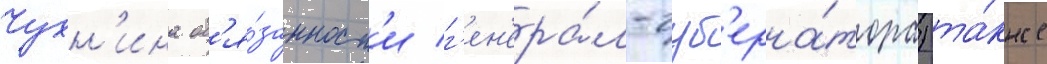
Чухн'ина об'я́занност'и г'ен'ера́л-губ'ерна́тора) та́кже